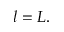
l = L .